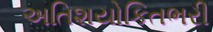
અતિશયોકિતભરી